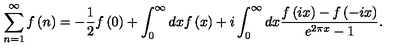
\sum _ { n = 1 } ^ { \infty } f \left( n \right) = - \frac { 1 } { 2 } f \left( 0 \right) + \int _ { 0 } ^ { \infty } d x f \left( x \right) + i \int _ { 0 } ^ { \infty } d x \frac { f \left( i x \right) - f \left( - i x \right) } { e ^ { 2 \pi x } - 1 } .